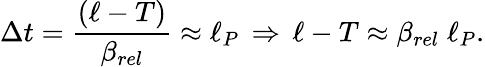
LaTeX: \Delta t={\frac{(\ell-T)}{\beta_{rel}}}\approx\ell_{P}\, \Rightarrow\, \ell-T\approx\beta_{rel}\; \ell_{P}.